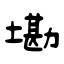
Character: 墈